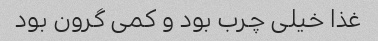
غذا خیلی چرب بود و کمی گرون بود